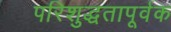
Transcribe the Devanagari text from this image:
परिशुद्धतापूर्वक